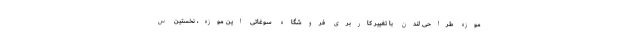
موزه طراحی لندن با تغییر کاربری فروشگاه سوغاتی این موزه، نخستین س